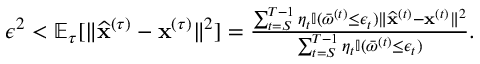
\begin{array} { r } { \epsilon ^ { 2 } < \mathbb { E } _ { \tau } [ \| \widehat { \mathbf x } ^ { ( \tau ) } - { \mathbf x } ^ { ( \tau ) } \| ^ { 2 } ] = \frac { \sum _ { t = S } ^ { T - 1 } \eta _ { t } \mathbb { I } ( \bar { \omega } ^ { ( t ) } \leq \epsilon _ { t } ) \| \widehat { \mathbf x } ^ { ( t ) } - { \mathbf x } ^ { ( t ) } \| ^ { 2 } } { \sum _ { t = S } ^ { T - 1 } \eta _ { t } \mathbb { I } ( \bar { \omega } ^ { ( t ) } \leq \epsilon _ { t } ) } . } \end{array}